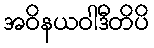
အဝိနယဝါဒီတိပိ